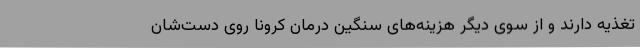
تغذیه دارند و از سوی دیگر هزینه‌های سنگین درمان کرونا روی دست‌شان